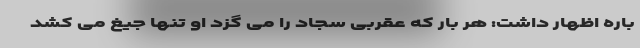
باره اظهار داشت: هر بار که عقربی سجاد را می گزد او تنها جیغ می کشد